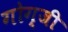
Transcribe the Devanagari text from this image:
गोग्जी